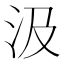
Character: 汲